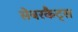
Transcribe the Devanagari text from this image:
सेबरकैट्स